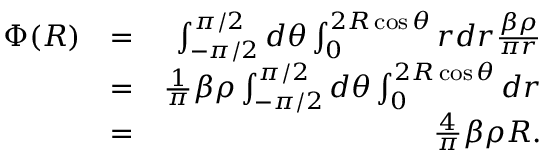
\begin{array} { r l r } { \Phi ( R ) } & { = } & { \int _ { - \pi / 2 } ^ { \pi / 2 } d \theta \int _ { 0 } ^ { 2 R \cos \theta } r d r \frac { \beta \rho } { \pi r } } \\ & { = } & { \frac { 1 } { \pi } \beta \rho \int _ { - \pi / 2 } ^ { \pi / 2 } d \theta \int _ { 0 } ^ { 2 R \cos \theta } d r } \\ & { = } & { \frac { 4 } { \pi } \beta \rho R . } \end{array}